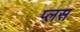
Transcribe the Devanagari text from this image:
प्‍लस